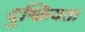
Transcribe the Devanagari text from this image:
दुष्क्रियता